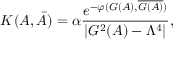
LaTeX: { \cal K } ( A , \bar { A } ) = \alpha { \frac { e ^ { - \varphi ( { \cal G } ( A ) , \overline { { { { \cal G } ( A ) } } } ) } } { | { \cal G } ^ { 2 } ( A ) - \Lambda ^ { 4 } | } } ,